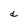
Character: d